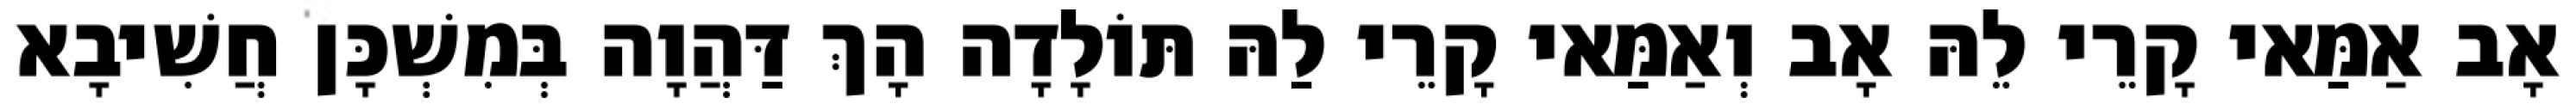
אָב אַמַּאי קָרֵי לֵהּ אָב וְאַמַּאי קָרֵי לַהּ תּוֹלָדָה הָךְ דַּהֲוָה בְּמִשְׁכָּן חֲשִׁיבָא